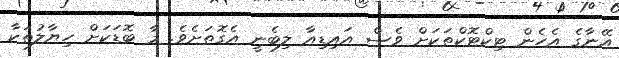
އޭނާގެ އެހެން ޓިކްޓޮކްތަކަށް ވެސް އައިޑިއާ ލިބެނީ އެގޮތަށެވެ. މާ ބޮޑަކަށް ހިޔާލުތަކާ